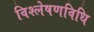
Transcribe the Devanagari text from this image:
विश्लेषणविधि